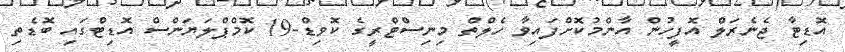
އޮޑިޓާ ޖެނެރަލް އޮފީހުން އާންމުކޮށްފައިވާ ހެލްތް މިނިސްޓްރީގެ ކޮވިޑް-19 ކޮމްޕްލަޔަންސް އޮޑިޓްގައި ބޮޑެތި